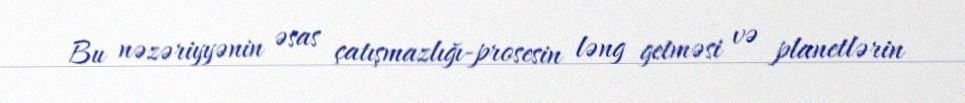
Bu nəzəriyyənin əsas çatışmazlığı-prosesin ləng getməsi və planetlərin